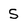
Character: 5